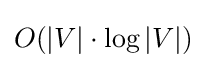
O(|V|\cdot \log |V|)